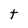
Character: t